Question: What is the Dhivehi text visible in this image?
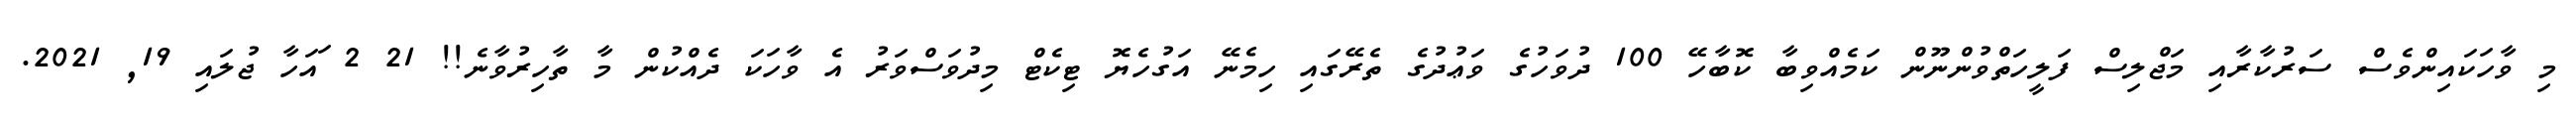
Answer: މި ވާހަކައިންވެސް ސަރުކާރާއި މަޖްލިސް ފަލީހަތްވުންނޫން ކަމެއްވިބާ ކޮބާހޭ 100 ދުވަހުގެ ވަޢުދުގެ ތެރޭގައި ހިމެނޭ އަގުހެޔޮ ޓިކެޓް މިދުވަސްވަރު އެ ވާހަކަ ދެއްކުން މާ ތާހިރުވާނެ!! 21 2 ައަހާ ޖުލައި 19, 2021.